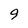
Character: 9